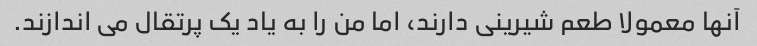
آنها معمولا طعم شیرینی دارند، اما من را به یاد یک پرتقال می اندازند.